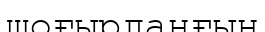
шоғырланғын